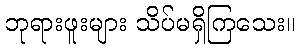
ဘုရားဖူးများ သိပ်မရှိကြသေး။